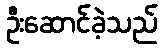
ဦးဆောင်ခဲ့သည်